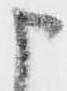
申